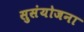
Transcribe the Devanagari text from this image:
सुसंयोजना